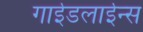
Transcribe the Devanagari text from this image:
गाईडलाईन्स